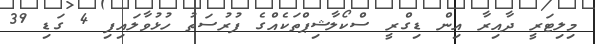
މިލިޓަރީ ދާއިރާ އިން ޑިގްރީ ސްކޯލާޝިޕްތަކެއްގެ ފުރުސަތު ހުޅުވާލައިފި 4 ގަޑި 39